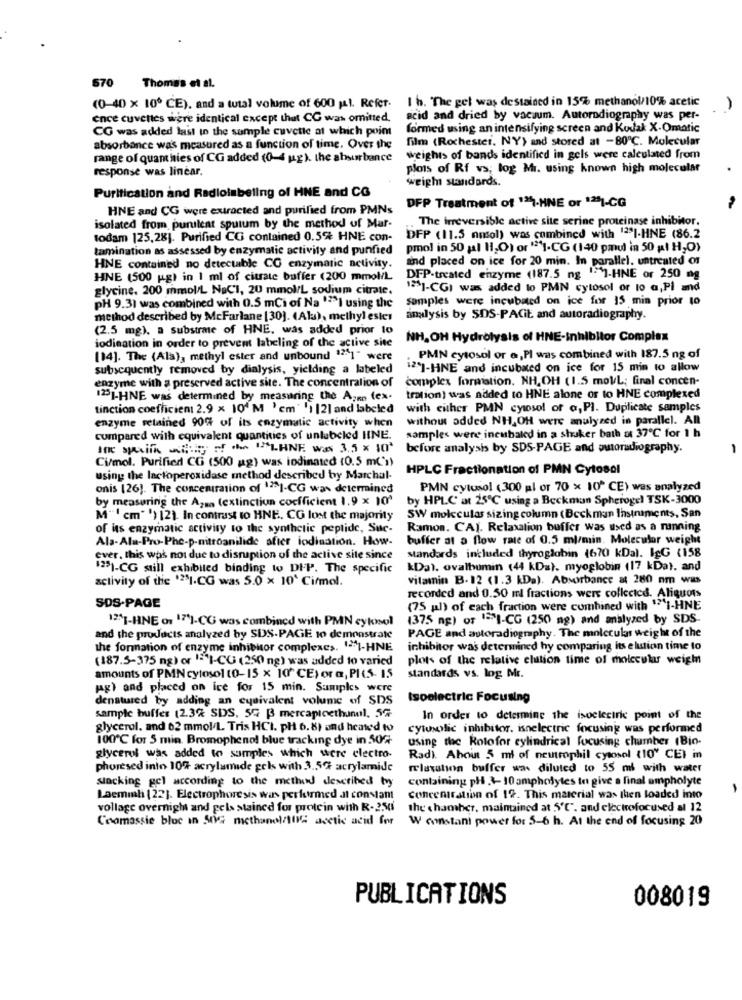
670
Thomas et al.
1 h. The get was destained in 15% methanol/10% acetic
(0-40 x 10º CE), and a tutal volume of 600 jal. Refer-
ence cuvettes were identical except that CG was omitted,
acid and dried by vacuum. Autoradiography was per-
CG was added last in the sample cuvette at which point
formed using an intensifying screen and Kodak X.Omatic
film (Rochester. NY) and stored at -80℃. Molecular
absorbance was measured as a function of time, Over the
range of quant hies of CG added (0-4 ug ). the absorbance
weights of bands identificd in gels were calculated from
response was linear.
plots of Rf vs; log Mr. using known high molecular
weigh standards.
Purification and Radiolabeling of HNE and CG
HNE and CG were extracted and purified from PMNs
DFP Treatment of "-HNE or 1281-CG
The irreversible active site serine proteinase inhibitor.
isolated from purulent sputum by the method of Mar-
todam 125,28]. Purified CO contained 0.5% HNE con-
DFP (11.5 nmsol) was combined with 12SI-HNE (86.2
tamination as assessed by enzymatic activity and purified
pmol in 50 gal H.O) or "1-CG (140 pmul in 50 g! H,O)
and placed on ice for 20 min. In parallel. untreated of
HNE contained no detectable CO enzymatic activity.
HNE (500 g) in 1 ml of citate buffer (200 mmol/L
DFP-treated enzyme (187.5 ng ""]-HNE or 250 mg
glycine. 200 mmol/L NaCl, 20 mmol/L sodium citrate.
1231-CGI was added to PMN cytosol or 10 G, Pl and
samples were incubated on ice for 15 min prior to
pH 9.31 was combined with 0.5 mCi of Na '2"I using the
method described by McFarlane [30]. (Ala), methyl ester
analysis by SDS-PACit and autoradiography.
(2.5 mg). a substrme of HNE, was added prior to
NH, OH Hydrolysis of HNE-inhibitor Complex
iodination in order to prevent labeling of the active site
[14]. The (Ala), methyl ester and unbound ""1" were
PMN cytosol or a,PI was combined with 187.5 ng of
subsequently removed by dialysis, yielding a labeled
12']-HNE and incubated on ice for 15 min to allow
complex formation. NH, OH (1.5 molL; final concen-
enzyme with a preserved active site. The concentration of
123 -HNE was determined by measuring the Am (ex-
tration) was added to HNE alone or to HNE complexed
tinction coefficient 2.9 x 10' M ' cm ' ' 1 |2] and labeled
with either PMN cytosol of a, PI. Duplicate samples
without added NH,OH were analyzed in parallel. All
enzyme retained 90% of its enzymatic activity when
compared with equivalent quantities of unlabeled HINE.
samples were incubaled in a shuker bath at 37℃ for 1 h
Inc spalle withcity of the ILHNE was 3.5 x 10ª
before analysis by SDS-PAGE and autoradiography.
Ci/mol. Purified CG (500 kg) was indinated (0.5 m(1)
HPLC Fractionation of PMN Cytosol
using the lactoperoxidase method described by Marchal-
onis [26]. The concentration of 12|-CG was determined
PMN cytusol (300 pl or 70 x 10^ CE) was analyzed
by measuring the Azma (extinction coefficient 1.9 x 10
by HPLC at 25℃ using a Beckman Spherogel TSK-3000
M"' cm" ') 12). In contrast to HNE. CO lost the majority
SW moleculas sizing column (Beckman Instruments, San
of its enzymatic activity to the synthetic peptide, Sue-
Ramon. CAj. Relaxation buffer was used as a running
Ala-Ala-Pro-Phc-p-nitroanilide after iodination. How-
buffer at a flow rate of 0.5 ml/min. Molecular weight
ever. this was not due to disruption of the active site since
standards included thyroglobin (670 kDal. IgG (158
1251-CG still exhibited binding to DIP. The specific
kDal. ovalbumin (44 kDz). myoglobin (17 kDa). and
activity of the '28I.CG was 5.0 x 10' Cirmol.
vitamin B. 12 (1.3 kDa). Absorbance at 280 nm was
recorded and 0.50 ml fractions wers collected. Aliquots
SDS-PAGE
(75 jal) of each fraction were combined with " I-HNE
12"1-HNE o1 17'1-CG was combined with PMN cytosol
(375 ng) of "="1-CG (250 ng) and analyzed by SDS-
and the products analyzed by SDS-PAGE to demonstrate
PAGE and autoradiography. The molecular weight of the
the formation of enzyme inhibitor complexes. 11-HNE
inhibitor was determined hy comparing its elution time to
(187.5-375 ng) or 1'I-CG (250 ng) was added to varied
plots of the relative elution time of molecular weight
amounts of PMN cytosol (0-15 x 10" CE) or a, PICS. 1.5
standards vs. log Mr.
ug) and placed on ice for 15 min. Samples were
denatured by adding an cysivalent volume of SDS
Isoelectric Focusing
sample buffer (2.3% SDS. 5G B mercaptoethanol, 5%-
In order to determine the isoelectric point of the
glycerol. and 02 mmol/L. Tris HCI. pl 6.8) and heated to
Cytusolic inhibitor. isnelectric focusing was performed
100℃ for 5 min. Bromophenol blue tracking dye in 50%
using the Rotofor cylindrical focusing chamber (Bio-
glycerol was added to samples which were electro-
Radi. About 5 ml of neutrophil cytosol (10" CEI in
phoresed into 10% acrylamide gels with 3.5℃ acrylamide
relaxation buffer was diluted to 55 ml with water
slacking gel according to the method described by
containing ph .+-10 ampholytes to give a final ampholyte
-
Laemmh [22]. Electrophoresis was performed at constant
concentration of 19. This material was then loaded into
vollage overnight and gels stained for protein with R-250
the chamber, maintained at 5℃". and electrofocused al 12
Coomassie blue in 502 methanol/10G acetic acid for
W costani power for 5-6 h. At the end of focusing 20
PUBLICATIONS
008019